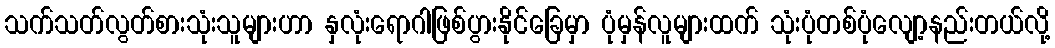
သက်သတ်လွတ်စားသုံးသူများဟာ နှလုံးရောဂါဖြစ်ပွားနိုင်ခြေမှာ ပုံမှန်လူများထက် သုံးပုံတစ်ပုံလျော့နည်းတယ်လို့